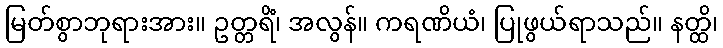
မြတ်စွာဘုရားအား။ ဥတ္တရိံ၊ အလွန်။ ကရဏိယံ၊ ပြုဖွယ်ရာသည်။ နတ္ထိ၊